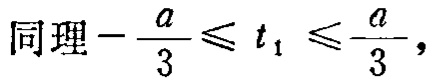
同理\(-\frac{a}{3} \leqslant t_{1} \leqslant \frac{a}{3},\)